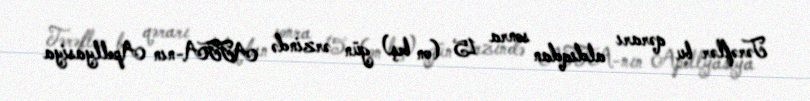
Tərəflər bu qərarı aldıqdan sonra 15 (on beş) gün ərzində AFFA-nın Apellyasiya